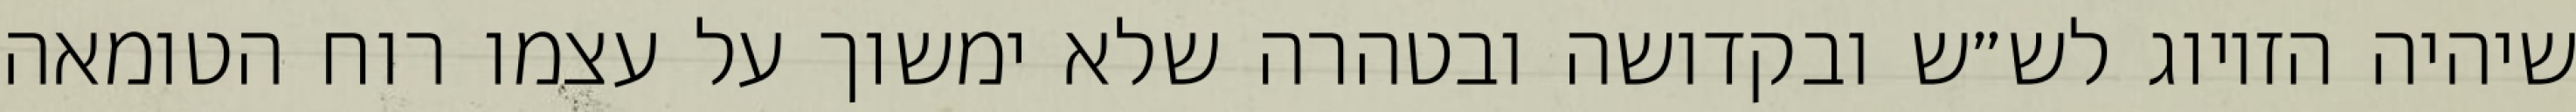
שיהיה הזיווג לש״ש ובקדושה ובטהרה שלא ימשוך על עצמו רוח הטומאה